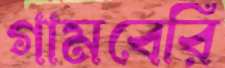
গামবেরি